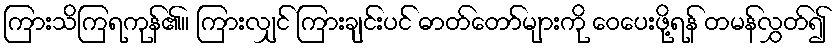
ကြားသိကြရကုန်၏။ ကြားလျှင် ကြားချင်းပင် ဓာတ်တော်များကို ဝေပေးဖို့ရန် တမန်လွှတ်၍